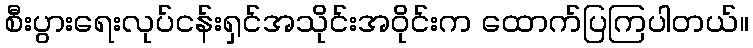
စီးပွားရေးလုပ်ငန်းရှင်အသိုင်းအဝိုင်းက ထောက်ပြကြပါတယ်။